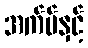
အက်ပ်နှင့်